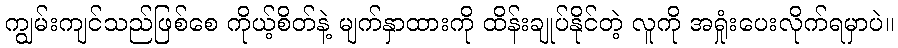
ကျွမ်းကျင်သည်ဖြစ်စေ ကိုယ့်စိတ်နဲ့ မျက်နှာထားကို ထိန်းချုပ်နိုင်တဲ့ လူကို အရှုံးပေးလိုက်ရမှာပဲ။